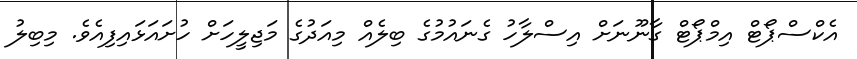
އެކްސްޕޯޓް އިމްޕޯޓް ގާނޫނަށް އިސްލާހު ގެނައުމުގެ ބިލެއް މިއަދުގެ މަޖިލީހަށް ހުށައަޅައިފިއެވެ. މިބިލު